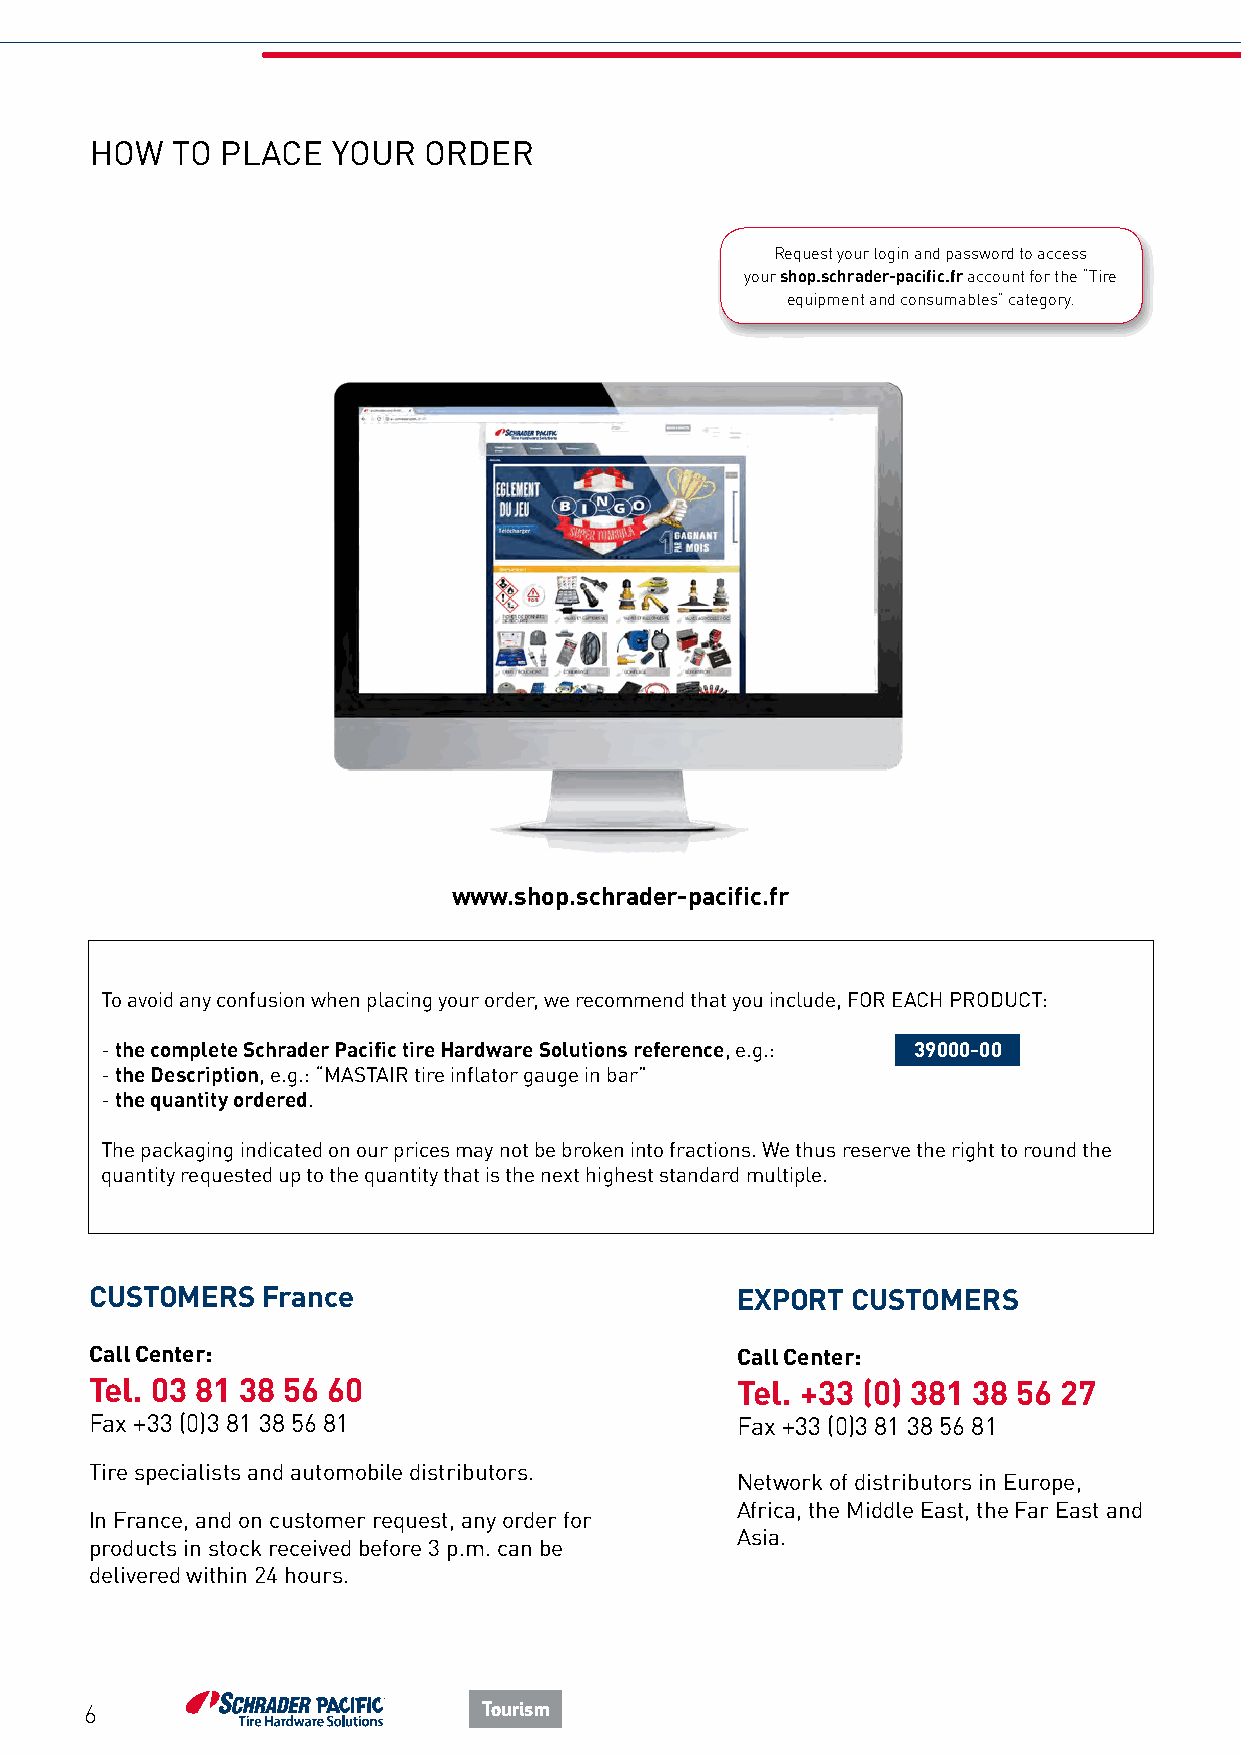
HOW  TO  PLACE  YOUR  ORDER
 Request your login and password to access
 your shop.schrader-pacific.fr account for the “Tire
 equipment and consumables” category.
 www.shop.schrader-pacific.fr
 To avoid any confusion when placing your order, we recommend that you include, FOR EACH PRODUCT:
 - the complete Schrader Pacific tire Hardware Solutions reference, e.g.: 39000-00
 - the Description, e.g.: “MASTAIR tire inflator gauge in bar”
 - the quantity ordered.
 The packaging indicated on our prices may not be broken into fractions. We thus reserve the right to round the
 quantity requested up to the quantity that is the next highest standard multiple.
 CUSTOMERS  France                          EXPORT CUSTOMERS
 Call Center:                               Call Center:
 Tel. 03 81 38 56 60                        Tel. +33 (0) 381 38 56 27
 Fax +33 (0)3 81 38 56 81                   Fax +33 (0)3 81 38 56 81
 Tire specialists and automobile distributors.
 Network of distributors in Europe,
 Africa, the Middle East, the Far East and
 In France, and on customer request, any order for
 Asia.
 products in stock received before 3 p.m. can be
 delivered within 24 hours.
 6                         Tourism